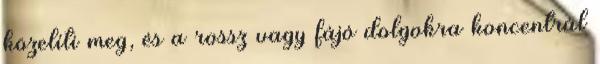
közelíti meg, és a rossz vagy fájó dolgokra koncentrál